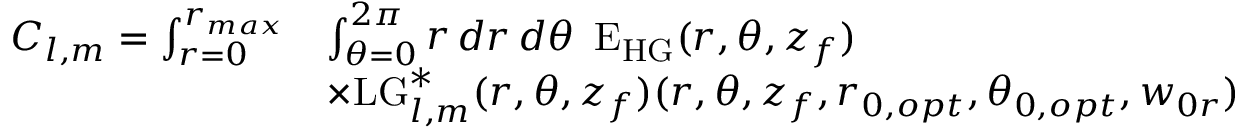
\begin{array} { r l } { C _ { l , m } = \int _ { r = 0 } ^ { r _ { m a x } } } & { \int _ { \theta = 0 } ^ { 2 \pi } \mathop { r } \mathop { d r } \mathop { d \theta } ~ \mathrm { E } _ { \mathrm { H G } } ( r , \theta , z _ { f } ) } \\ & { \times \mathrm { L G } _ { l , m } ^ { * } ( r , \theta , z _ { f } ) ( r , \theta , z _ { f } , r _ { 0 , o p t } , \theta _ { 0 , o p t } , w _ { 0 r } ) } \end{array}